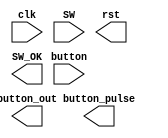
`timescale 1ns / 1ps
//////////////////////////////////////////////////////////////////////////////////
// Company: 
// Engineer: 
// 
// Design Name: 
// Module Name:    Anti_jitter 
// Project Name: 
// Target Devices: 
// Tool versions: 
// Description: 
//
// Dependencies: 
//
// Revision: 
// Revision 0.01 - File Created
// Additional Comments: 
//
//////////////////////////////////////////////////////////////////////////////////
module Anti_jitter(
    input clk,
    input [3:0] button,
    input [7:0] SW,
    output [3:0] button_out,
    output rst,
    output [3:0] button_pulse,
    output [7:0] SW_OK
    );


endmodule